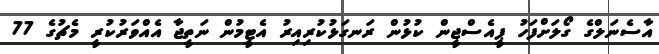
އާސެނަލްގެ ގޯލަށްފަހު ޕީއެސްޖީން ކުޅުން ރަނގަޅުކުރިއިރު އެޓީމުން ނަތީޖާ އެއްވަރުކުރީ މެޗުގެ 77